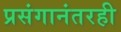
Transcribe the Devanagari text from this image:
प्रसंगानंतरही